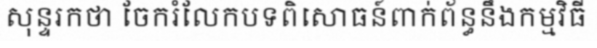
សុន្ទរកថា ចែករំលែកបទពិសោធន៍ពាក់ព័ន្ធនឹងកម្មវិធី